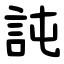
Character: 訰